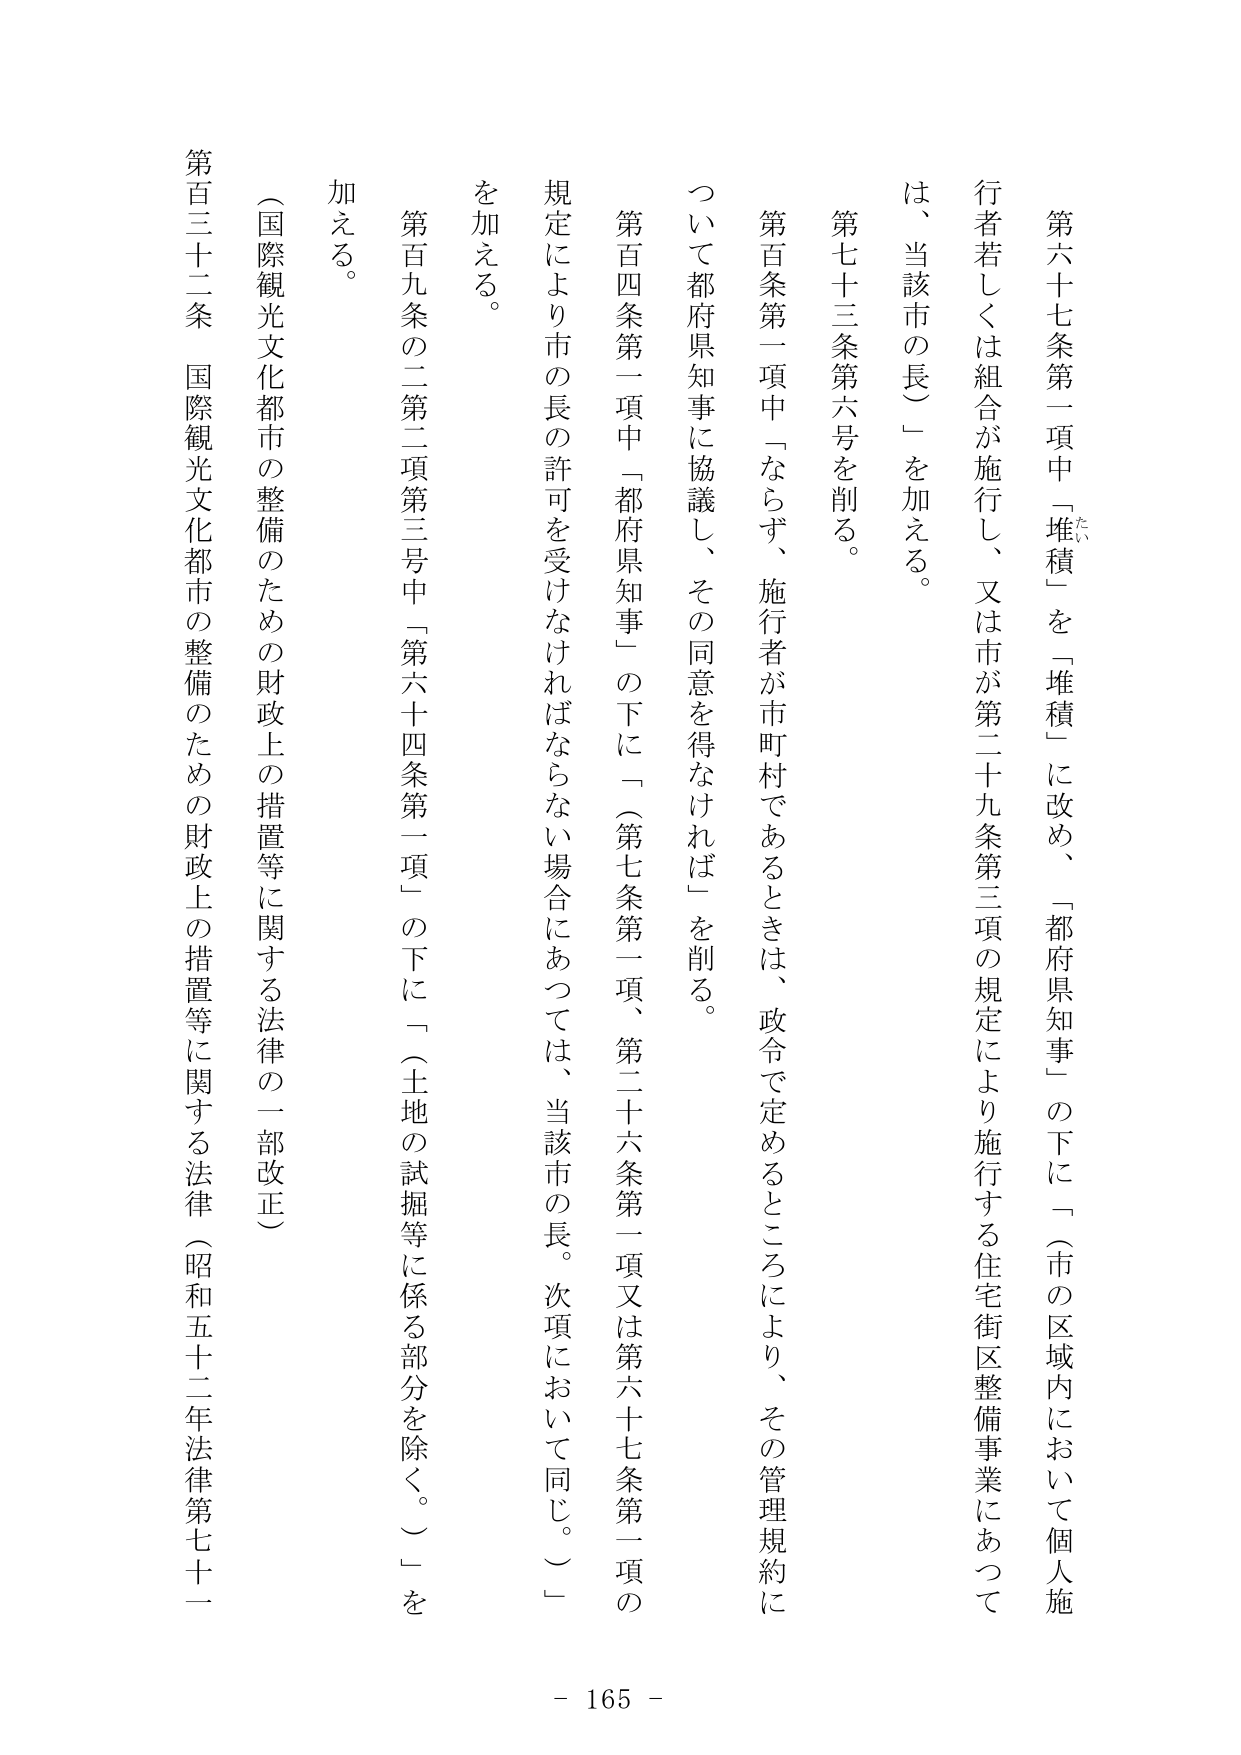
第六十七条第一項中「堆積」を「堆積」に改め、「都府県知事」の下に「（市の区域内において個人施行者若しくは組合が施行し、又は市が第二十九条第三項の規定により施行する住宅街区整備事業にあつては、当該市の長）」を加える。

第七十三条第六号を削る。

第百条第一項中「ならず、施行者が市町村であるときは、政令で定めるところにより、その管理規約について都府県知事に協議し、その同意を得なければならない」を削る。

第百四条第一項中「都府県知事」の下に「（第七条第一項、第二十六条第一項又は第六十七条第一項の規定により市の長の許可を受けなければならない場合にあつては、当該市の長。次項において同じ。）」を加える。

第百九条の二第二項第三号中「第六十四条第一項」の下に「（土地の試掘等に係る部分を除く。）」を加える。

（国際観光文化都市の整備のための財政上の措置等に関する法律の一部改正）

第百三十二条 国際観光文化都市の整備のための財政上の措置等に関する法律（昭和五十二年法律第七十一

- 165 -